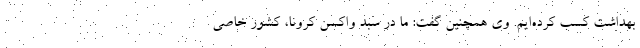
بهداشت کسب کرده‌‌ایم. وی همچنین گفت: ما در سبد واکسن کرونا، کشور خاصی